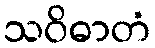
သဝိဓာတံ